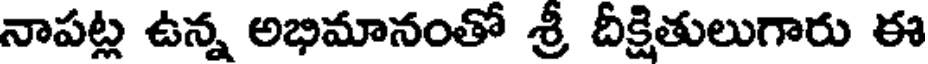
నాపట్ల ఉన్న అభిమానంతో శ్రీ దీక్షితులుగారు ఈ